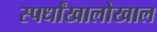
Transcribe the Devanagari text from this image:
स्पर्धांखालोखाल